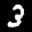
Label: 3